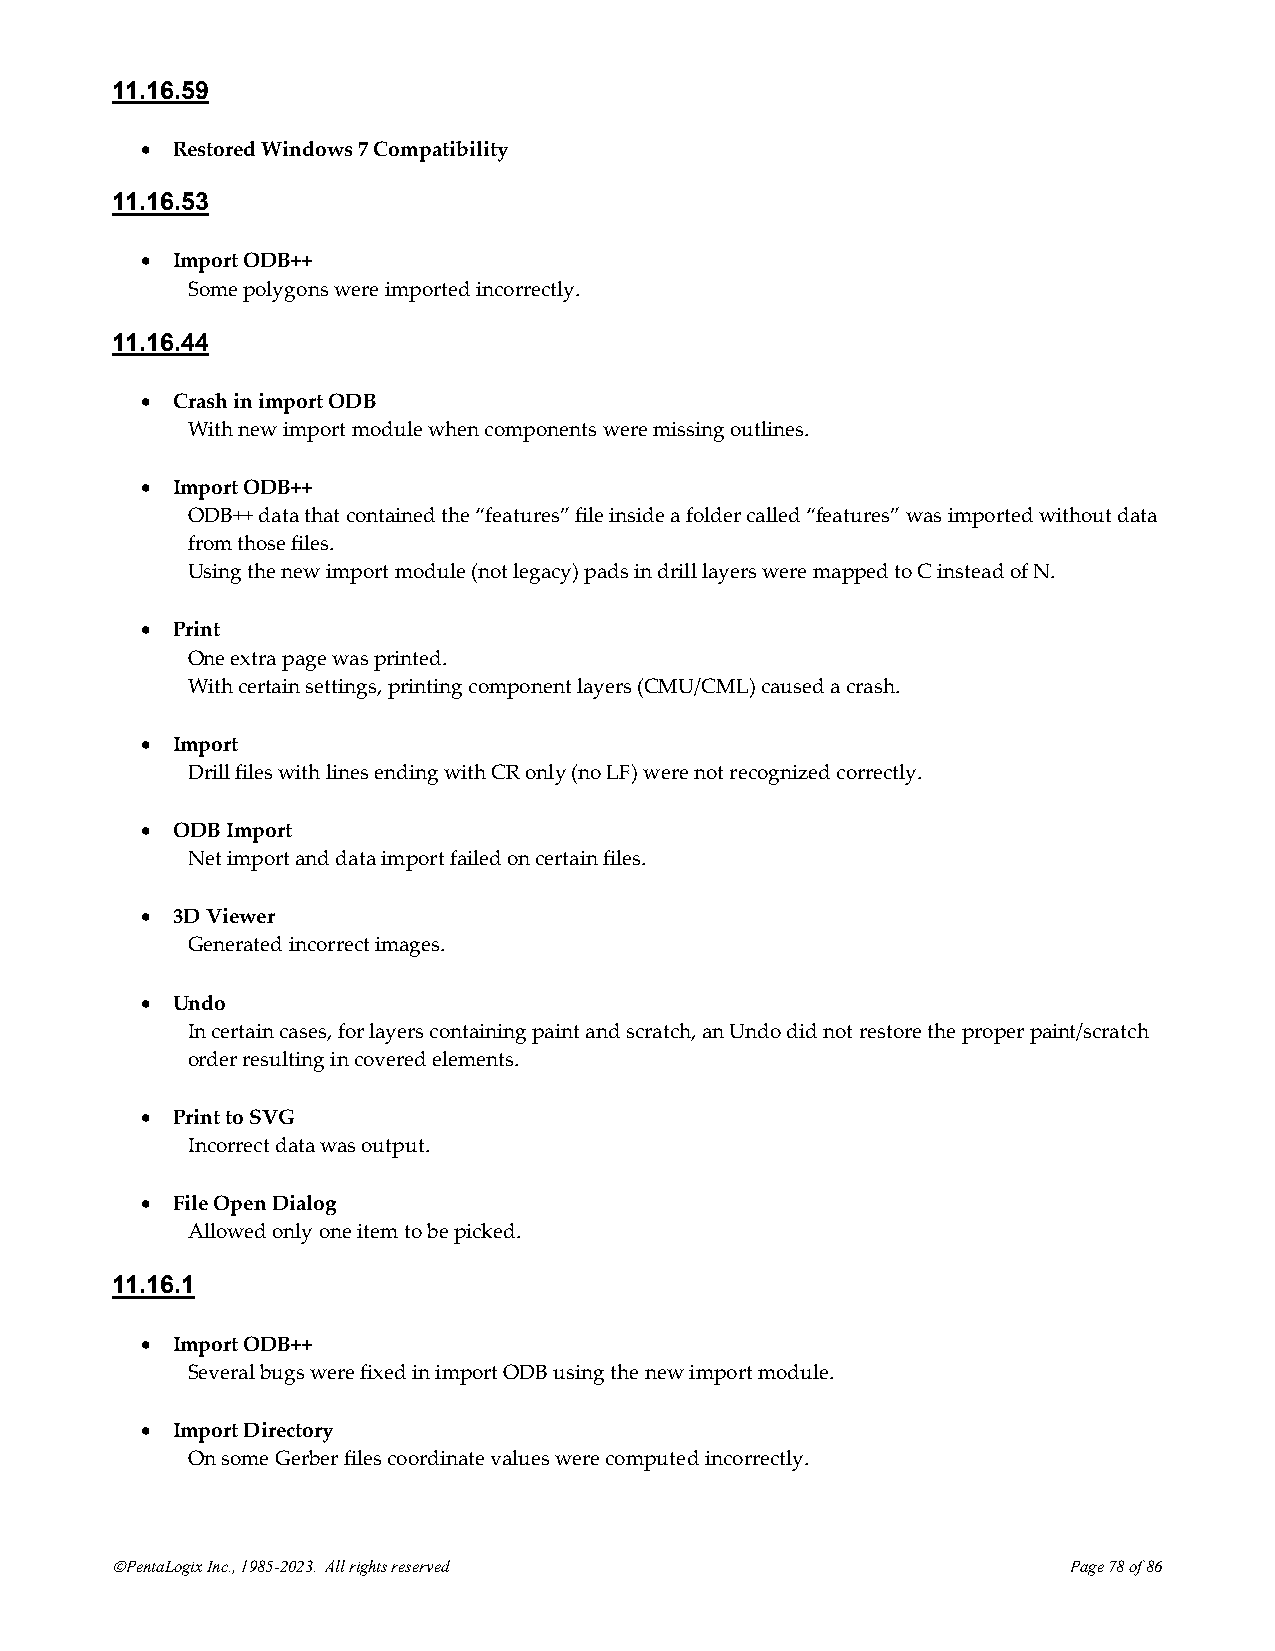
11.16.59
 • Restored Windows 7 Compatibility
 11.16.53
 • Import ODB++
 Some polygons were imported incorrectly.
 11.16.44
 • Crash in import ODB
 With new import module when components were missing outlines.
 • Import ODB++
 ODB++ data that contained the “features” file inside a folder called “features” was imported without data
 from those files.
 Using the new import module (not legacy) pads in drill layers were mapped to C instead of N.
 • Print
 One extra page was printed.
 With certain settings, printing component layers (CMU/CML) caused a crash.
 • Import
 Drill files with lines ending with CR only (no LF) were not recognized correctly.
 • ODB Import
 Net import and data import failed on certain files.
 • 3D Viewer
 Generated incorrect images.
 • Undo
 In certain cases, for layers containing paint and scratch, an Undo did not restore the proper paint/scratch
 order resulting in covered elements.
 • Print to SVG
 Incorrect data was output.
 • File Open Dialog
 Allowed only one item to be picked.
 11.16.1
 • Import ODB++
 Several bugs were fixed in import ODB using the new import module.
 • Import Directory
 On some Gerber files coordinate values were computed incorrectly.
 ©PentaLogix Inc., 1985-2023. All rights reserved                Page 78 of 86